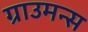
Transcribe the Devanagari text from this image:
ग्राउमन्स